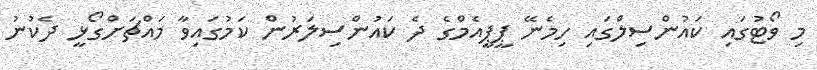
މި ވޯޓުގައި ކައުންސިލްގައި ހިމެނޭ ޕީޕީއެމްގެ ދެ ކައުންސިލަރުން ކަމުގައިވާ މައްޗަށްގޯޅީ ދެކުނު